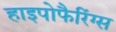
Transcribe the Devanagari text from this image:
हाइपोफैरिंग्स